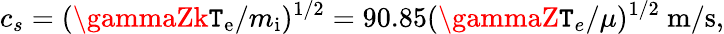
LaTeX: c_{s}=(\gammaZk\mathtt{T}_{\mathrm{{e}}}/m_{\mathrm{{i}}})^{1/2}=90.85(\gammaZ\mathtt{T}_{e}/\mu)^{1/2}~\mathrm{{m/s}},